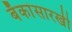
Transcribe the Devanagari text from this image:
बँकांसारखी